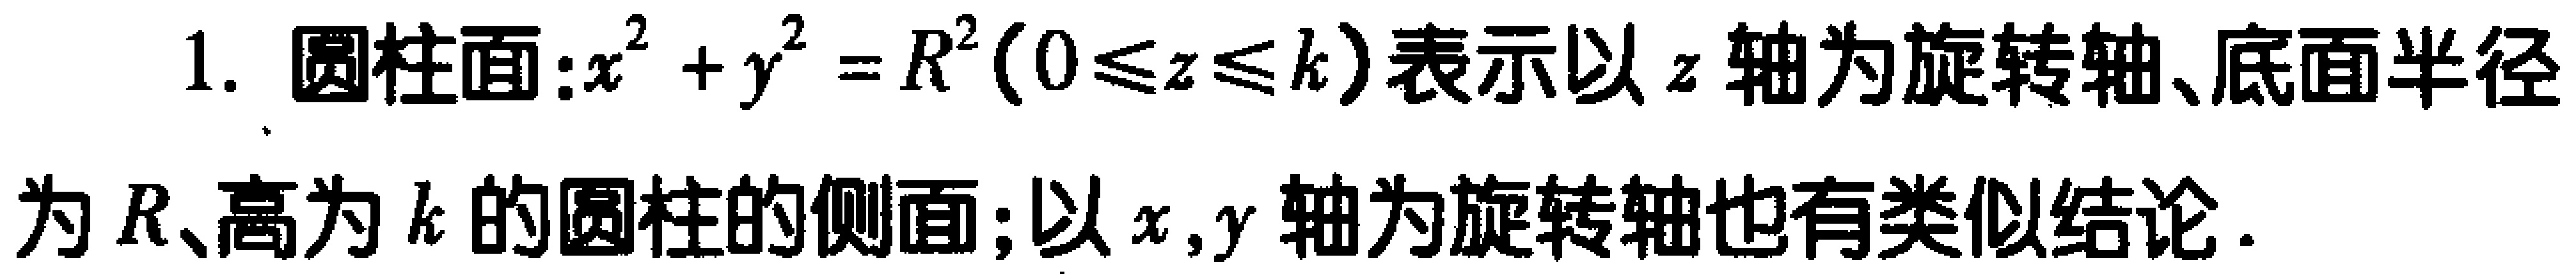
1. 圆柱面:$x^{2}+y^{2}=R^{2}(0\leq z\leq k)$表示以$z$轴为旋转轴、底面半径

为$R$、高为$k$的圆柱的侧面;以$x,y$轴为旋转轴也有类似结论.